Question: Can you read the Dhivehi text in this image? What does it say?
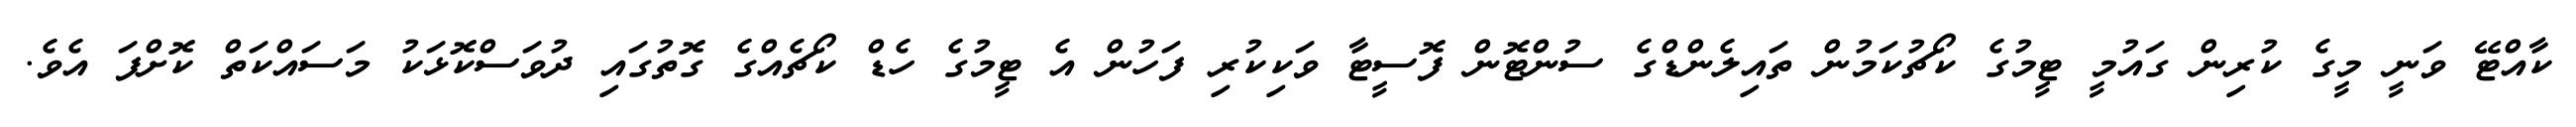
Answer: ކާއްޓޭ ވަނީ މީގެ ކުރިން ގައުމީ ޓީމުގެ ކޯޗުކަމުން ތައިލެންޑްގެ ސުންޓޮން ފޮސީޓާ ވަކިކުރި ފަހުން އެ ޓީމުގެ ހެޑް ކޯޗެއްގެ ގޮތުގައި ދުވަސްކޮޅަކު މަސައްކަތް ކޮށްފަ އެވެ.